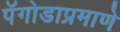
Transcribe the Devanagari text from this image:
पॅगोडाप्रमाणे